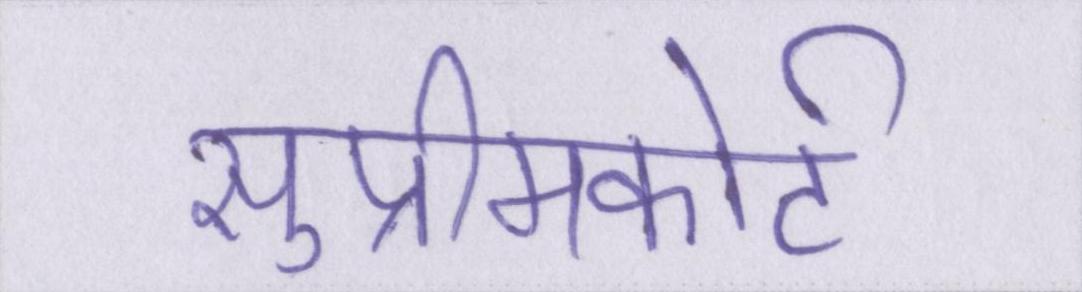
सुप्रीमकोर्ट